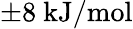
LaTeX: \pm 8\ \mathrm{kJ/mol}